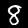
Label: 8